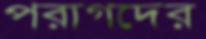
পরাগদের